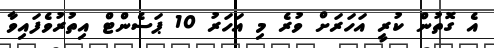
އެ ގޮތުން ކުރީ އަހަރަށް ވުރެ މި އަހަރު 10 ޕަސެންޓް އިތުރުވެފައިވާ